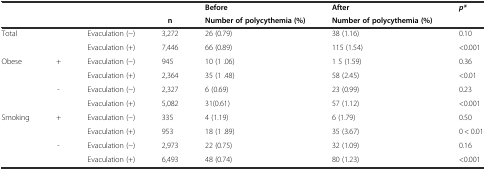
<table><thead><tr><td></td><td></td><td></td><td></td><td><b>Before</b></td><td><b>After</b></td><td rowspan="2"><b><i>p*</i></b></td></tr><tr><td></td><td></td><td></td><td><b>n</b></td><td><b>Number of polycythemia (%)</b></td><td><b>Number of polycythemia (%)</b></td></tr></thead><tbody><tr><td rowspan="2">Total</td><td></td><td>Evaculation (-)</td><td>3,272</td><td>26 (0.79)</td><td>38 (1.16)</td><td>0.10</td></tr><tr><td></td><td>Evaculation (+)</td><td>7,446</td><td>66 (0.89)</td><td>115 (1.54)</td><td>&lt;0.001</td></tr><tr><td rowspan="4">Obese</td><td rowspan="2">+</td><td>Evaculation (-)</td><td>945</td><td>10 (1 .06)</td><td>1 5 (1.59)</td><td>0.36</td></tr><tr><td>Evaculation (+)</td><td>2,364</td><td>35 (1 .48)</td><td>58 (2.45)</td><td>&lt;0.01</td></tr><tr><td rowspan="2">-</td><td>Evaculation (-)</td><td>2,327</td><td>6 (0.69)</td><td>23 (0.99)</td><td>0.23</td></tr><tr><td>Evaculation (+)</td><td>5,082</td><td>31(0.61)</td><td>57 (1.12)</td><td>&lt;0.001</td></tr><tr><td rowspan="4">Smoking</td><td rowspan="2">+</td><td>Evaculation (-)</td><td>335</td><td>4 (1.19)</td><td>6 (1.79)</td><td>0.50</td></tr><tr><td>Evaculation (+)</td><td>953</td><td>18 (1 .89)</td><td>35 (3.67)</td><td>0 &lt; 0.01</td></tr><tr><td rowspan="2">-</td><td>Evaculation (-)</td><td>2,973</td><td>22 (0.75)</td><td>32 (1.09)</td><td>0.16</td></tr><tr><td>Evaculation (+)</td><td>6,493</td><td>48 (0.74)</td><td>80 (1.23)</td><td>&lt;0.001</td></tr></tbody></table>